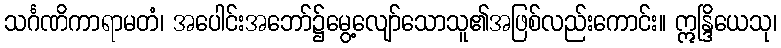
သင်္ဂဏိကာရာမတံ၊ အပေါင်းအဘော်၌မွေ့လျော်သောသူ၏အဖြစ်လည်းကောင်း။ ဣန္ဒြိယေသု၊